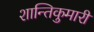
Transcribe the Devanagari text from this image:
शान्तिकुमारी